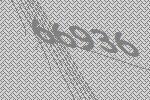
66936